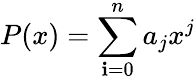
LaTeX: P(x)=\sum\limits_{\mathbf{i}=0}^{n}a_{j}x^{j}